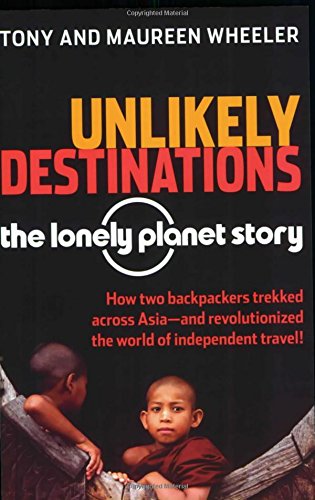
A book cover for Unlikely Destinations: The Lonely Planet Story; Tony Wheeler; Travel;